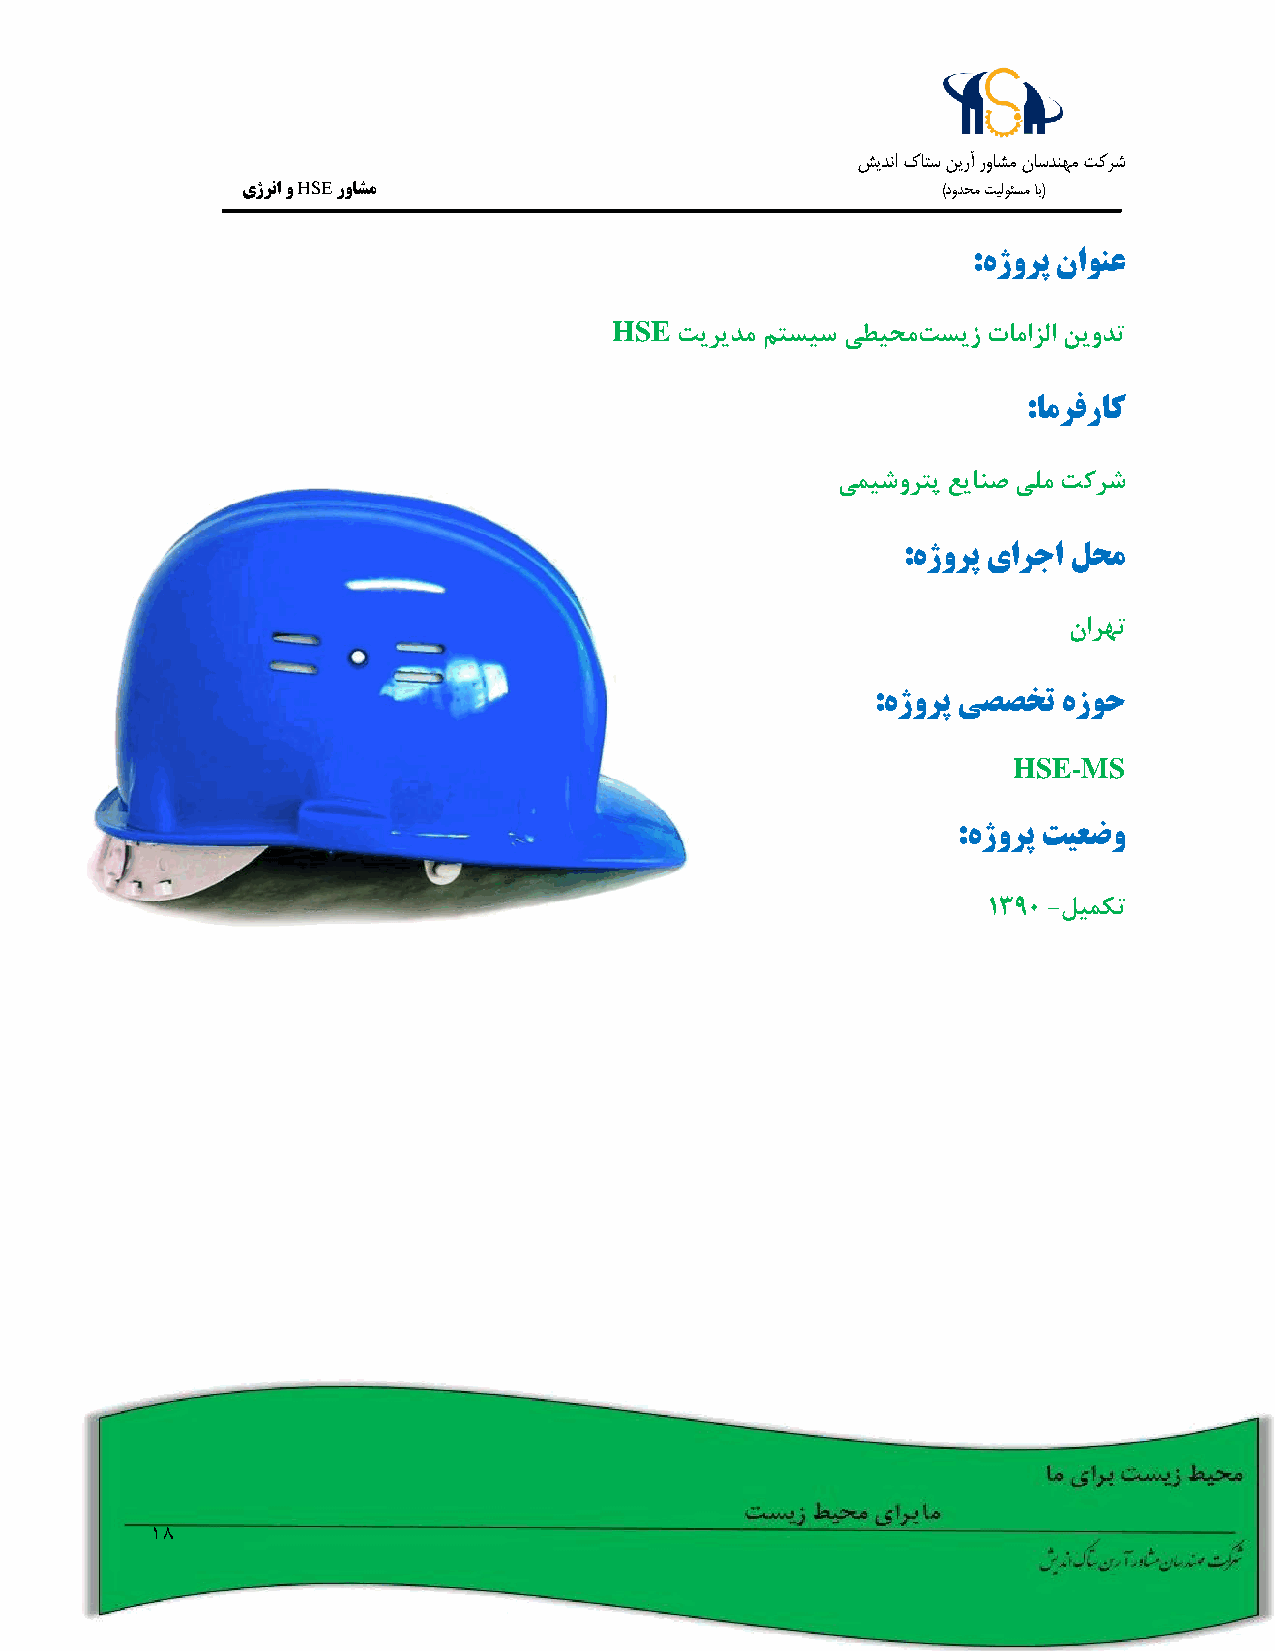
شيدنا كاتس نيرآ رواشم ناسدنهم تکرش
 یژرنا و HSE رواشم                             )دودحم تيلوئسم اب(
 :هژورپ ناونع
 HSE
 تیریدم متسیس یطیحمتسیز تامازلا نیودت
 :امرفراک
 یمیشورتپ عیانص یلم تکرش
 :هژورپ یارجا لحم
 نارهت
 :هژورپ یصصخت هزوح
 HSE-MS
 :هژورپ تیعضو
 1390 -لیمکت
 18